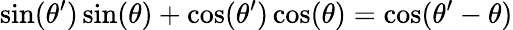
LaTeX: \sin(\theta^{\prime})\sin(\theta)+\cos(\theta^{\prime})\cos(\theta)=\cos(\theta^{\prime}-\theta)